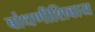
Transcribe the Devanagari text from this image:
बांधणीशिवाय